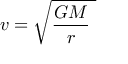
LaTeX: \ v = { \sqrt { { \frac { G M } { r } } \ } }